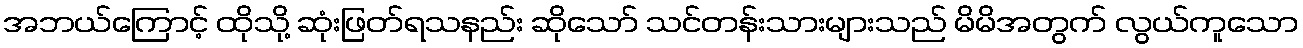
အဘယ်ကြောင့် ထိုသို့ ဆုံးဖြတ်ရသနည်း ဆိုသော် သင်တန်းသားများသည် မိမိအတွက် လွယ်ကူသော